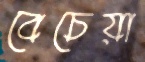
বেচেয়া